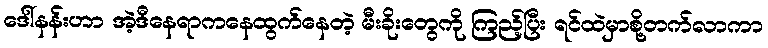
ဒေါ်နန်းဟာ အဲ့ဒီနေရာကနေထွက်နေတဲ့ မီးခိုးတွေကို ကြည့်ပြီး ရင်ထဲမှာစို့တက်လာကာ